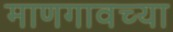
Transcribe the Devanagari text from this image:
माणगावच्या